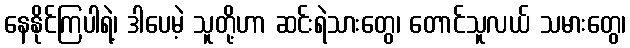
နေနိုင်ကြပါရဲ့၊ ဒါပေမဲ့ သူတို့ဟာ ဆင်းရဲသားတွေ၊ တောင်သူလယ် သမားတွေ၊